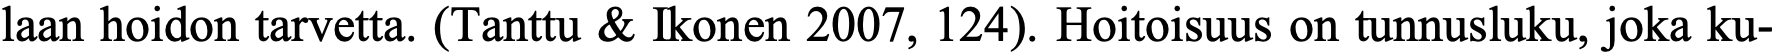
laan hoidon tarvetta. (Tanttu & Ikonen 2007, 124). Hoitoisuus on tunnusluku, joka ku-